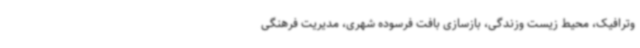
وترافیک، محیط زیست وزندگی، بازسازی بافت فرسوده شهری، مدیریت فرهنگی